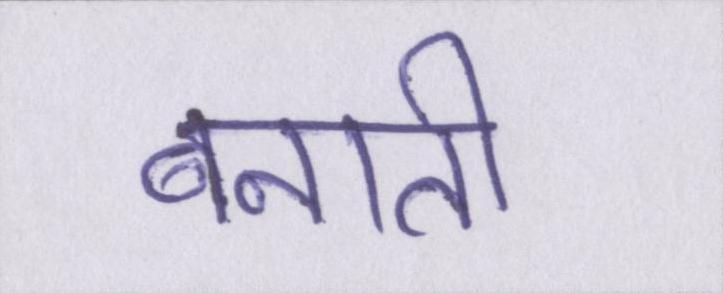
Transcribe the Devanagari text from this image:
बनाती